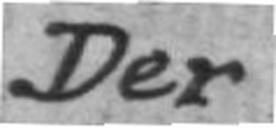
Der